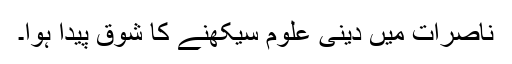
ناصرات میں دینی علوم سیکھنے کا شوق پیدا ہوا۔